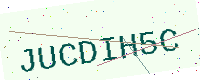
Text: JUCDIH5C